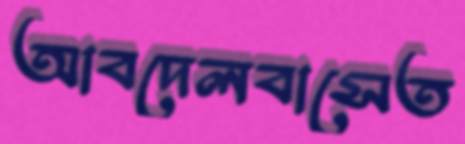
আবদেলবাসেত